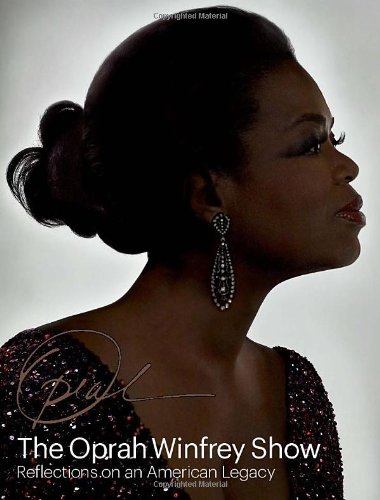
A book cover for The Oprah Winfrey Show: Reflections on an American Legacy; Deborah Davis; Humor & Entertainment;